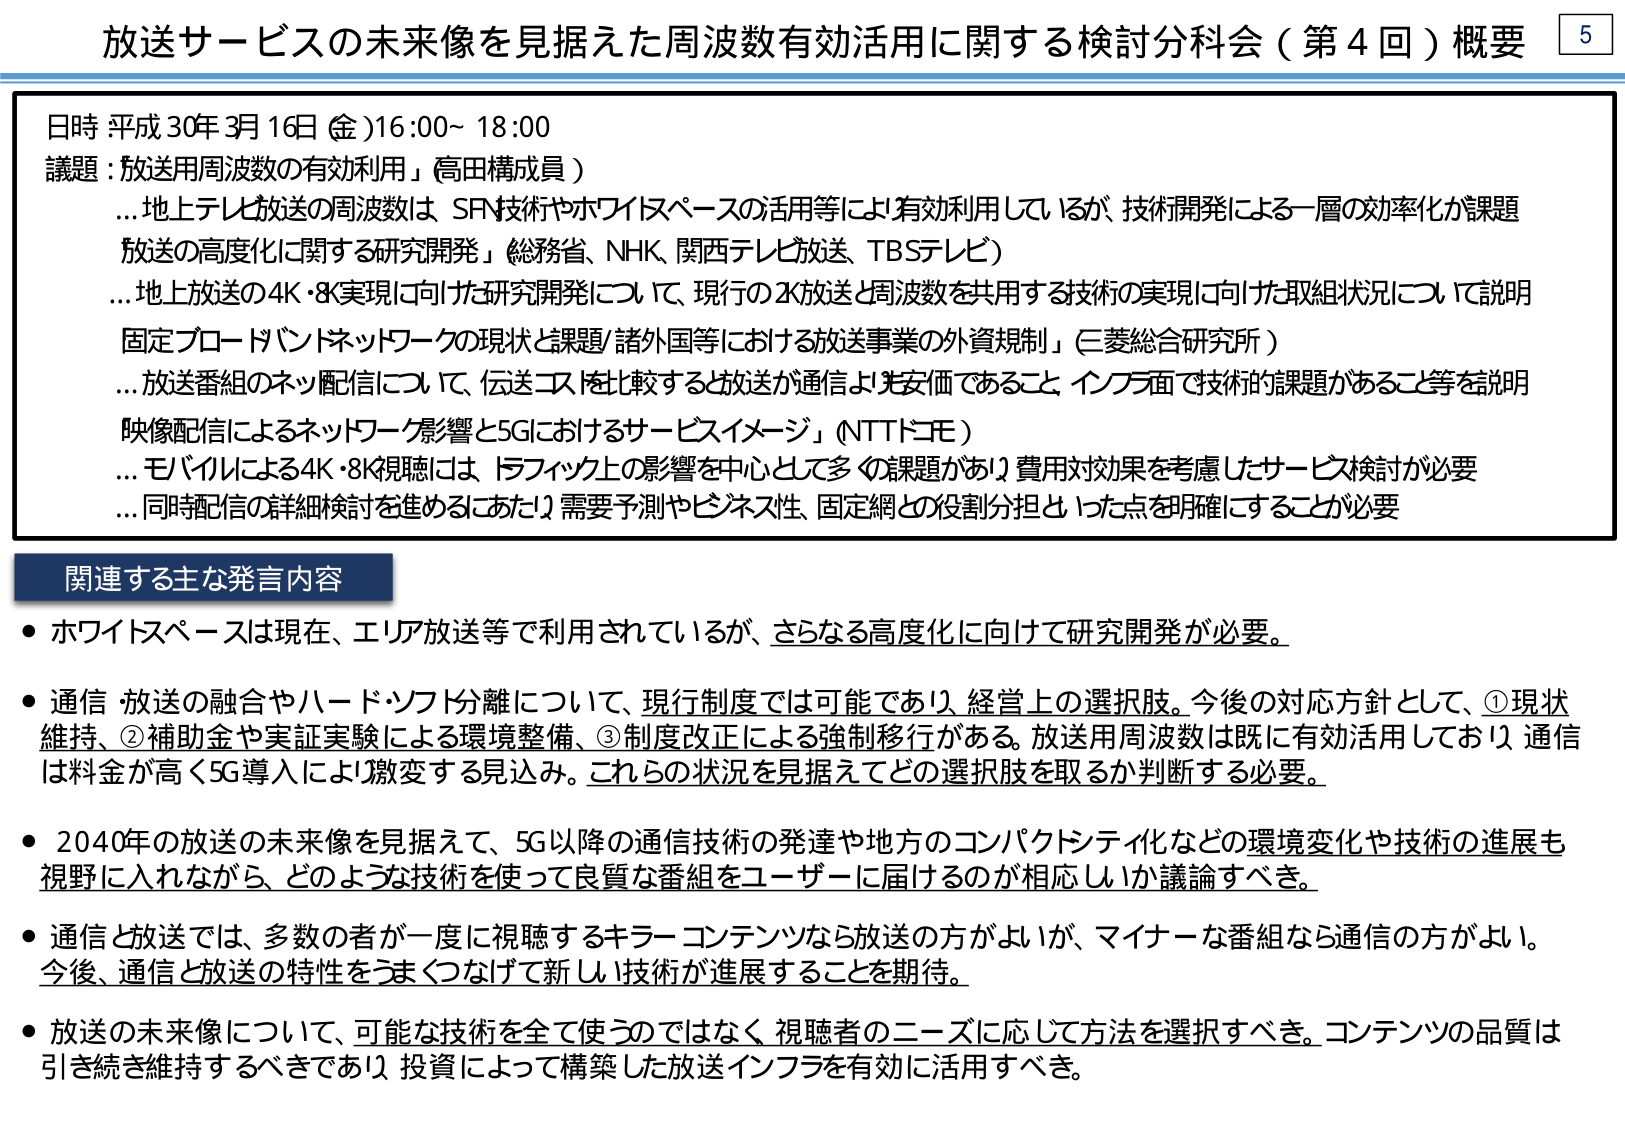
放送サービスの未来像を見据えた周波数有効活用に関する検討分科会（第4回）概要

日時 平成30年3月16日（金）16:00～18:00
議題：放送用周波数の有効利用（高田構成員）
…地上テレビ放送の周波数は、SF技術やホワイトスペースの活用等により有効利用しているが、技術開発による一層の効率化が課題
放送の高度化に関する研究開発（総務省、NHK、関西テレビ放送、TBSテレビ）
…地上放送の4K・8K実現に向けた研究開発について、現行の2K放送と周波数を共用する技術の実現に向けた取組状況について説明
固定ブロードバンドネットワークの現状と課題/諸外国等における放送事業の外資規制（三菱総合研究所）
…放送番組のネット配信について、伝送コストを比較すると放送が通信より安価であること、インフラ面で技術的課題があること等を説明
映像配信によるネットワーク影響と5Gにおけるサービスイメージ（NTTドコモ）
…モバイルによる4K・8K視聴には、トラフィック上の影響を中心として多くの課題があり、費用対効果を考慮したサービス検討が必要
…同時配信の詳細検討を進めるにあたり、需要予測やビジネス性、固定網との役割分担といった点を明確化することが必要

関連する主な発言内容
・ホワイトスペースは現在、エリア放送等で利用されているが、さらなる高度化に向けて研究開発が必要。
・通信・放送の融合やハード・ソフト分離について、現行制度では可能であり、経営上の選択肢。今後の対応方針として、①現状維持、②補助金や実証実験による環境整備、③制度改正による強制移行がある。放送用周波数は既に有効活用しており、通信は料金が高く5G導入により激変する見込み。これらの状況を見据えてどの選択肢を取るか判断する必要。
・2040年の放送の未来像を見据えて、5G以降の通信技術の発達や地方のコンパクトシティ化などの環境変化や技術の進展も視野に入れながら、どのような技術を使って良質な番組をユーザーに届けるのが相応しいか議論すべき。
・通信と放送では、多数の者が一度に視聴するキラーコンテンツなら放送の方がよいが、マイナーな番組なら通信の方がよい。今後、通信と放送の特性をうまくつなげて新しい技術が進展することを期待。
・放送の未来像について、可能な技術を全て使うのではなく、視聴者のニーズに応じて方法を選択すべき。コンテンツの品質は引き続き維持するべきであり、投資によって構築した放送インフラを有効に活用すべき。